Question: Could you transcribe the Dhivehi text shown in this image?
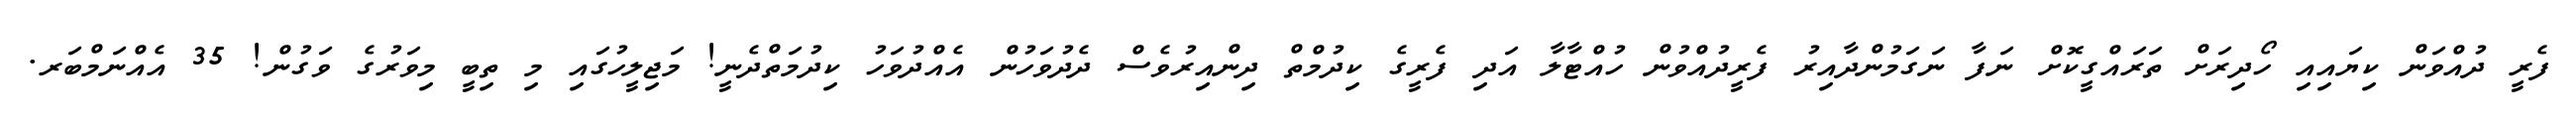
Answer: ފެރީ ދުއްވަން ކިޔައިއި ހޯދިރަށް ތަރައްގީކޮށް ނަފާ ނަގަމުންދާއިރު ފެރީދުއްވުން ހުއްޓާލާ އަދި ފެރީގެ ކިދުމްތް ދިންއިރުވެސް ދެދުވަހުން އެއްދުވަހު ކިދުމަތްދެނީ! މަޖިލީހުގައި މި ތިބީ މިވަރުގެ ވަގުން! 35 އެއްނަމްބަރ.